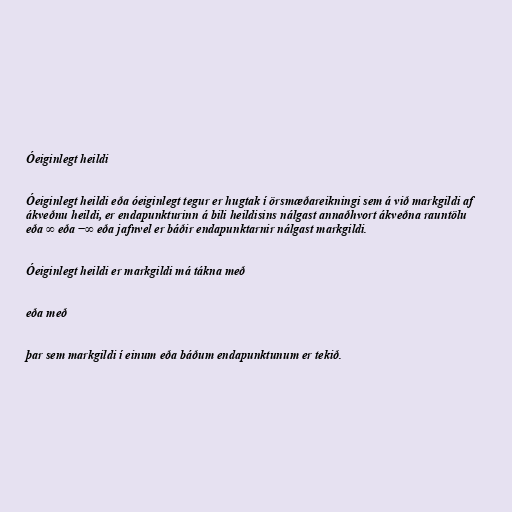
Óeiginlegt heildi

Óeiginlegt heildi eða óeiginlegt tegur er hugtak í örsmæðareikningi sem á við markgildi af
ákveðnu heildi, er endapunkturinn á bili heildisins nálgast annaðhvort ákveðna rauntölu
eða ∞ eða −∞ eða jafnvel er báðir endapunktarnir nálgast markgildi.

Óeiginlegt heildi er markgildi má tákna með

eða með

þar sem markgildi í einum eða báðum endapunktunum er tekið.